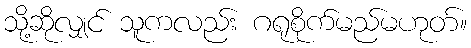
သို့ဆိုလျှင် သူကလည်း ဂရုစိုက်မည်မဟုတ်။